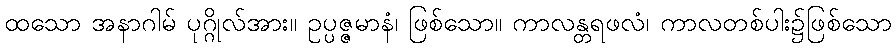
ထသော အနာဂါမ် ပုဂ္ဂိုလ်အား။ ဥပ္ပဇ္ဇမာနံ၊ ဖြစ်သော။ ကာလန္တရဖလံ၊ ကာလတစ်ပါး၌ဖြစ်သော